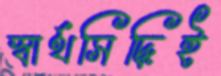
স্বার্থসিদ্ধিই